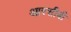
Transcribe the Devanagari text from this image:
आरसीबी